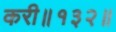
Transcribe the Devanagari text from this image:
करी॥१३२॥